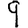
Digit: 9